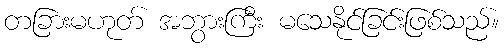
တခြားမဟုတ် အဘွားကြီး မသေနိုင်ခြင်းဖြစ်သည်။